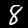
Label: 8